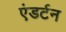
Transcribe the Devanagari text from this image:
एंडर्टन